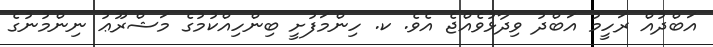
އަބްދުއް ރަހީމު އަބްދު ވިދާޅުވެއްޖެ އެވެ. ކ. ހިންމަފުށީ ބިންހިއްކުމުގެ މަޝްރޫޢު ނިންމުނުގެ